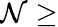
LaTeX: \mathcal{N}\geq